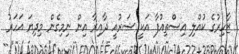
ޒާހިރުގެ ކުއްލި އިސްތިއުފާ އަކީ ޝަރުއީ ދާއިރާ އިން ނިމިގެން މިދިޔަ އަހަރު